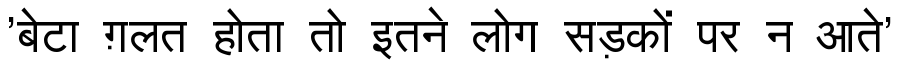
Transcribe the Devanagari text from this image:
'बेटा ग़लत होता तो इतने लोग सड़कों पर न आते'